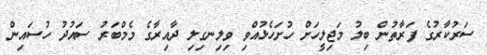
ސަރުކާރުގެ ފަރާތުން ބިލު މަޖިލީހަށް ހުށަހެޅުއްވި ވިލިނގިލި ދާއިރާގެ މެމްބަރު ސައުދު ހުސައިން